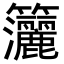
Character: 𥸗